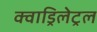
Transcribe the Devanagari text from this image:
क्वाड्रिलेट्रल